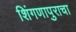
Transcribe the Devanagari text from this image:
शिंगणापुराचा